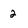
Character: 2